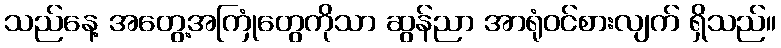
သည်နေ့ အတွေ့အကြုံတွေကိုသာ ဆွန်ညာ အာရုံဝင်စားလျက် ရှိသည်။